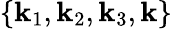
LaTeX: \{ {\mathbf k}_{1},{\mathbf k}_{2},{\mathbf k}_{3},{\mathbf k}\}